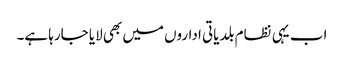
اب یہی نظام بلدیاتی اداروں میں بھی لایا جارہا ہے۔